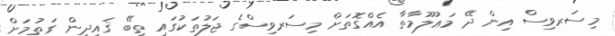
މިސަރވިސް އިން ދޭ މަޢުލޫމާތާ އެއްގޮތަށް މިސަރވިސްގެ ޖަލުތަކުގައި ތިބޭ ޤައިދީން ގަތުމަށް